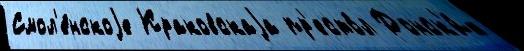
Смол'е́нскоjе Краковскаjа пр'есто́л Донск'и́х